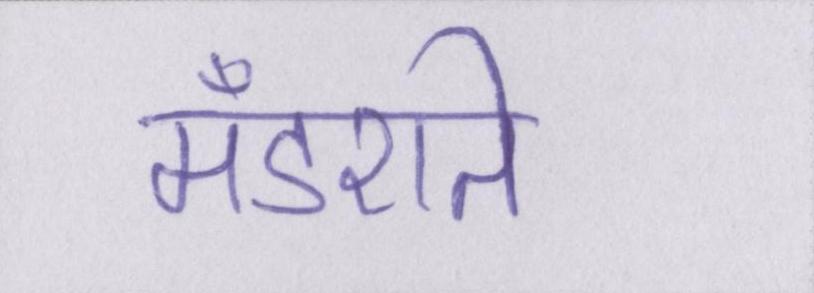
मँडराते